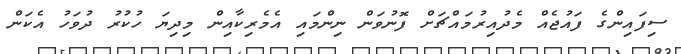
ސިފައިންގެ ފައުޖެއް މެދުއިރުމައްޗަށް ފޮނުވަން ނިންމައި އެމެރިކާއިން މިދިޔަ ހުކުރު ދުވަހު އެކަން